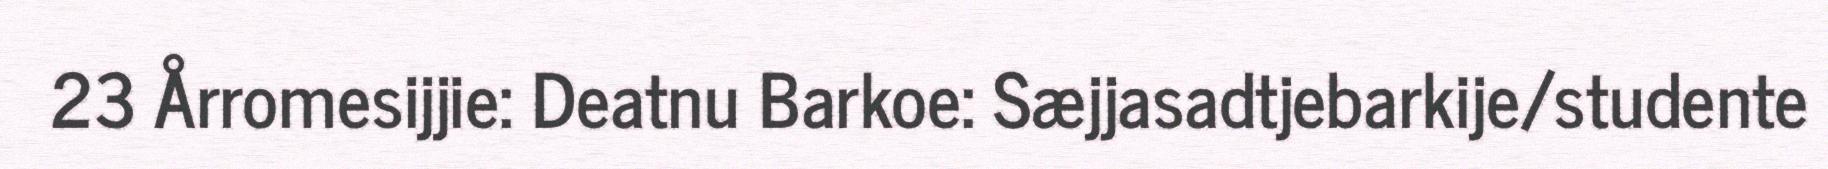
23 Årromesijjie: Deatnu Barkoe: Sæjjasadtjebarkije/studente